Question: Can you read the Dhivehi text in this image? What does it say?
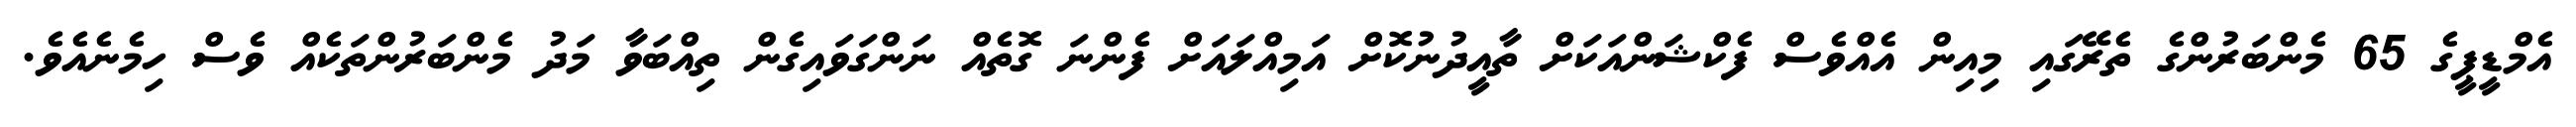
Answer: އެމްޑީޕީގެ 65 މެންބަރުންގެ ތެރޭގައި މިއިން އެއްވެސް ފެކްޝަންއަކަށް ތާއީދުނުކޮށް އަމިއްލައަށް ފެންނަ ގޮތެއް ނަންގަވައިގެން ތިއްބަވާ މަދު މެންބަރުންތަކެއް ވެސް ހިމެނެއެވެ.